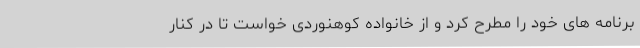
برنامه های خود را مطرح کرد و از خانواده کوهنوردی خواست تا در کنار